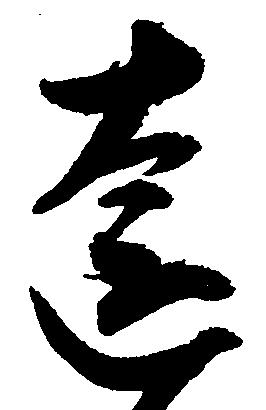
遠